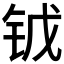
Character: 𨱆